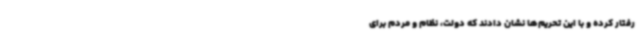
رفتار کرده و با این تحریم‌ها نشان دادند که دولت، نظام و مردم برای